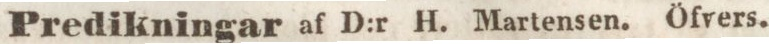
Predikningar af D:r H. Martensen. Öfvers.